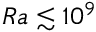
R a \lesssim 1 0 ^ { 9 }